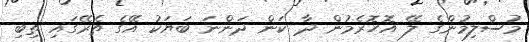
މުސްލިމުންގެ ލޭ އޮހޮރެމުން ދާ ކަން ދަންނަ ބަޔަކު އޭގެ ތެރޭގައި ތިބި